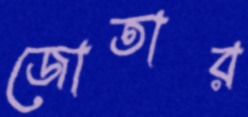
জোতার